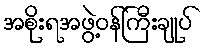
အစိုးရအဖွဲ့ဝန်ကြီးချုပ်